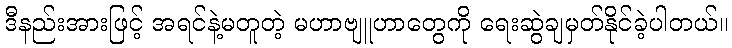
ဒီနည်းအားဖြင့် အရင်နဲ့မတူတဲ့ မဟာဗျူဟာတွေကို ရေးဆွဲချမှတ်နိုင်ခဲ့ပါတယ်။